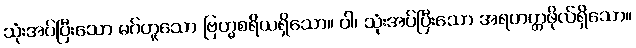
သုံးအပ်ပြီးသော မဂ်ဟူသော ဗြဟ္မစရိယရှိသော။ ဝါ၊ သုံးအပ်ပြီးသော အရဟတ္တဖိုလ်ရှိသော။